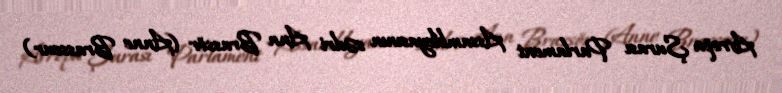
Avropa Şurası Parlament Assambleyasının sədri Ann Brassör (Anne Brasseur)